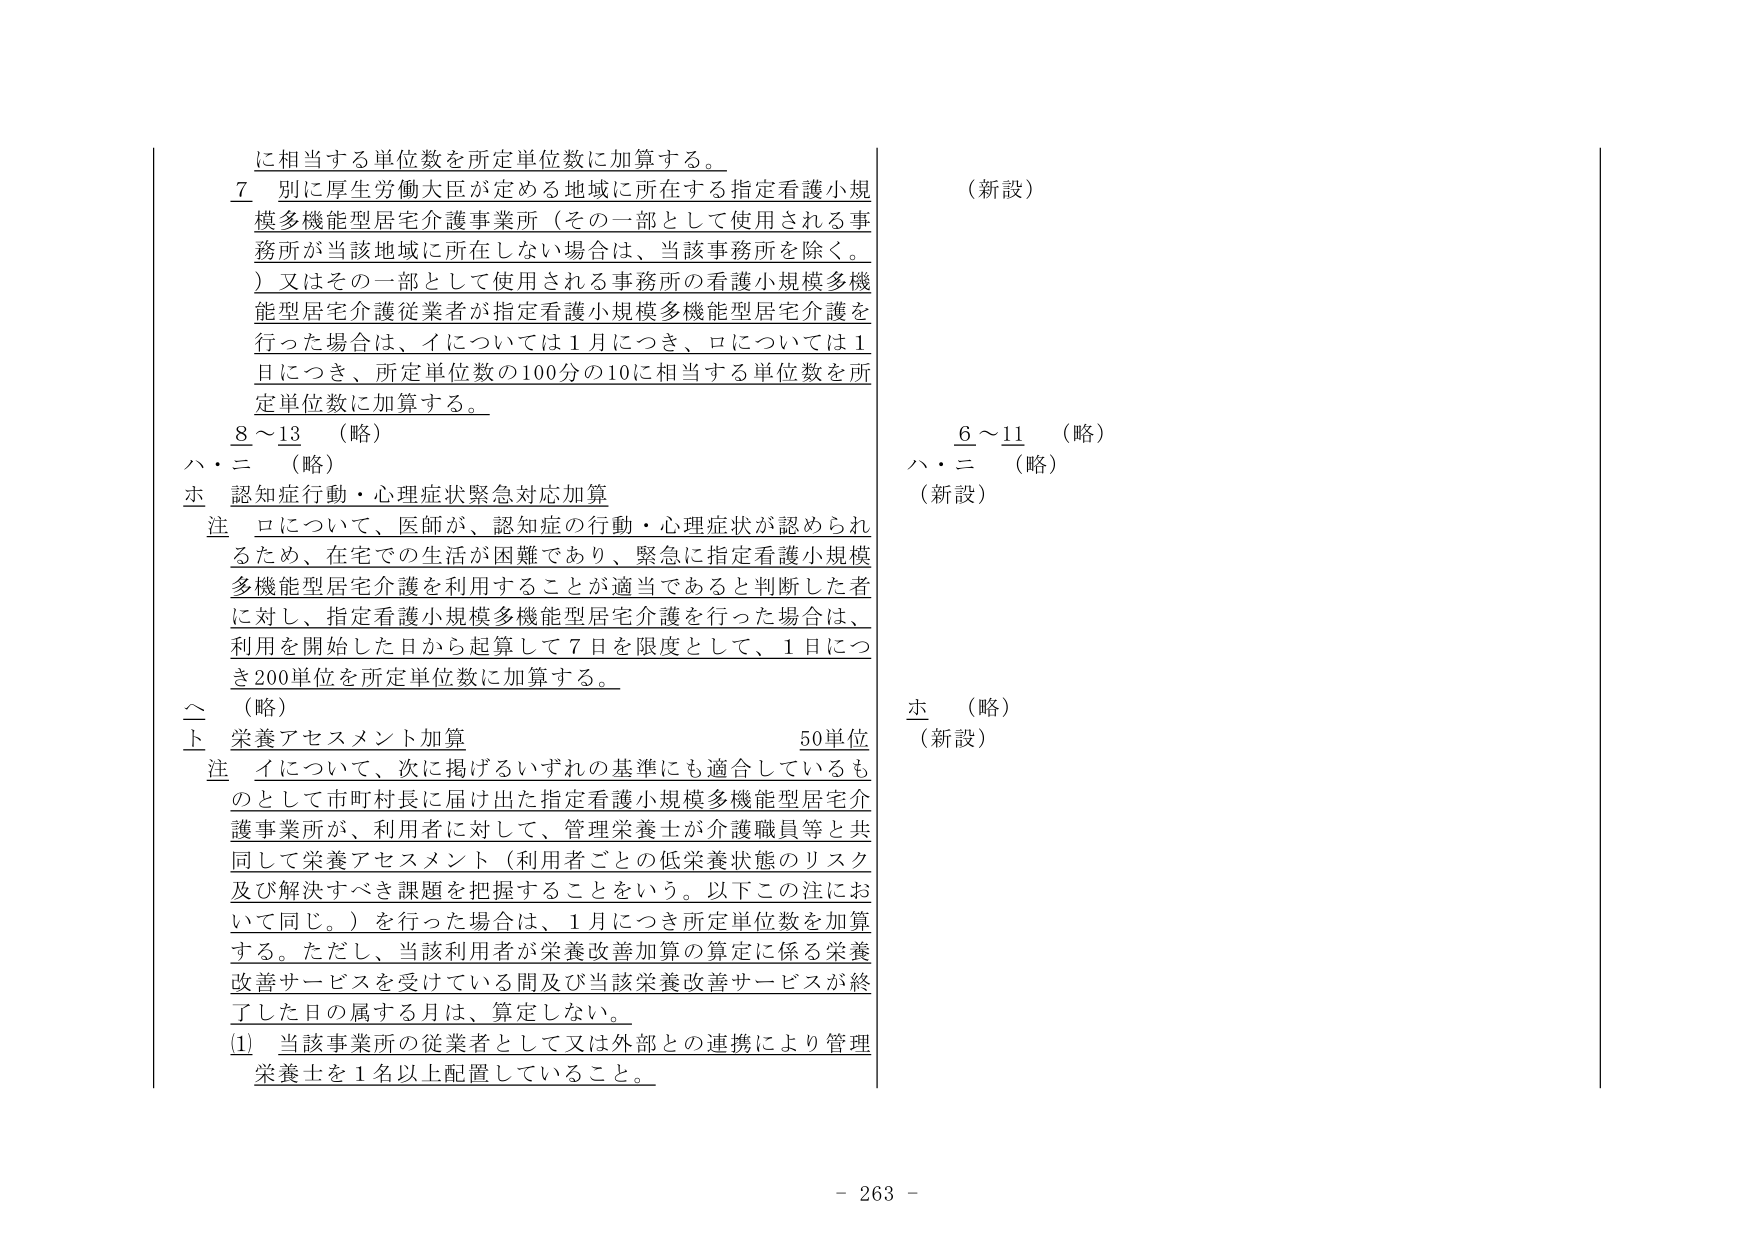
に相当する単位数を所定単位数に加算する。

７ 別に厚生労働大臣が定める地域に所在する指定看護小規模多機能型居宅介護事業所（その一部として使用される事務所が当該地域に所在しない場合は、当該事務所を除く。）又はその一部として使用される事務所の看護小規模多機能型居宅介護従業者が指定看護小規模多機能型居宅介護を行った場合は、イについては１月につき、ロについては１日につき、所定単位数の100分の10に相当する単位数を所定単位数に加算する。

８～13 （略）

ハ・ニ （略）

ホ 認知症行動・心理症状緊急対応加算

注 ロについて、医師が、認知症の行動・心理症状が認められるため、在宅での生活が困難であり、緊急に指定看護小規模多機能型居宅介護を利用することが適当であると判断した者に対し、指定看護小規模多機能型居宅介護を行った場合は、利用を開始した日から起算して７日を限度として、１日につき200単位を所定単位数に加算する。

ヘ （略）

ト 栄養アセスメント加算 50単位

注 イについて、次に掲げるいずれの基準にも適合しているものとして市町村長に届け出た指定看護小規模多機能型居宅介護事業所が、利用者に対して、管理栄養士が介護職員等と共同して栄養アセスメント（利用者ごとの低栄養状態のリスク及び解決すべき課題を把握することをいう。以下この注において同じ。）を行った場合は、１月につき所定単位数を加算する。ただし、当該利用者が栄養改善加算の算定に係る栄養改善サービスを受けている間及び当該栄養改善サービスが終了した日の属する月は、算定しない。

(1) 当該事業所の従業者として又は外部との連携により管理栄養士を１名以上配置していること。

（新設）

６～11 （略）

ハ・ニ （略）

（新設）

ホ （略）

（新設）

- 263 -